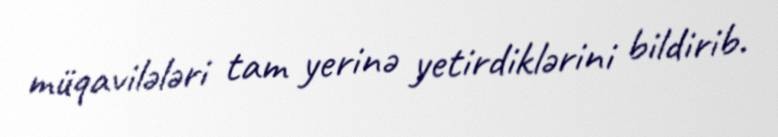
müqavilələri tam yerinə yetirdiklərini bildirib.